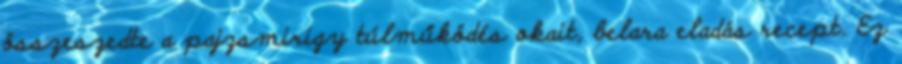
összeszedte a pajzsmirigy túlműködés okait, belara eladás recept. Ez